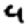
Digit: 4